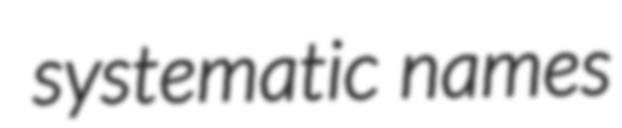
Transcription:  systematic names